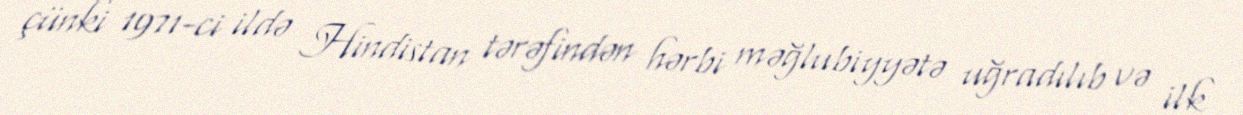
çünki 1971-ci ildə Hindistan tərəfindən hərbi məğlubiyyətə uğradılıb və ilk